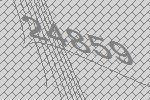
24859